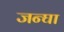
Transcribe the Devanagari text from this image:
जन्घा